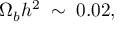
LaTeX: \Omega _ { b } h ^ { 2 } \; \sim \; 0 . 0 2 ,